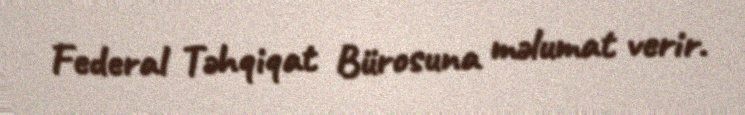
Federal Təhqiqat Bürosuna məlumat verir.